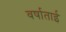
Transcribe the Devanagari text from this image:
वर्षाताई